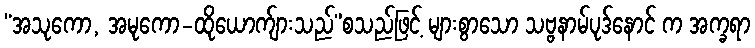
“အသုကော, အမုကော-ထိုယောက်ျားသည်”စသည်ဖြင့် များစွာသော သဗ္ဗနာမ်ပုဒ်နောင် က အက္ခရာ